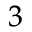
^ { 3 }